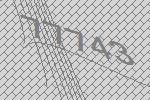
77743